Plague in India, 1896, 1897 - Volume 3
Year: 1896
Disease focus: Plague
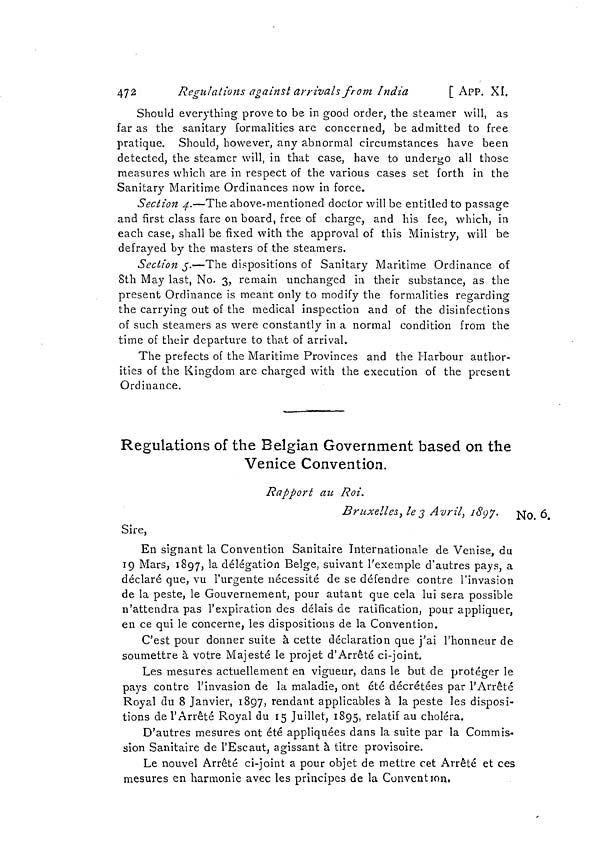
472
Regulations against arrivals from India
[ APP. XI.
Should everything prove to be in good order, the steamer will, as
far as the sanitary formalities are concerned, be admitted to free
pratique. Should, however, any abnormal circumstances have been
detected, the steamer will, in that case, have to undergo all those
measures which are in respect of the various cases set forth in the
Sanitary Maritime Ordinances now in force.
Section 4.—The above-mentioned doctor will be entitled to passage
and first class fare on board, free of charge, and his fee, which, in
each case, shall be fixed with the approval of this Ministry, will be
defrayed by the masters of the steamers.
Section 5.—The dispositions of Sanitary Maritime Ordinance of
8th May last, No. 3, remain unchanged in their substance, as the
present Ordinance is meant only to modify the formalities regarding
the carrying out of the medical inspection and of the disinfections
of such steamers as were constantly in a normal condition from the
time of their departure to that of arrival.
The prefects of the Maritime Provinces and the Harbour author-
ities of the Kingdom are charged with the execution of the present
Ordinance.
Regulations of the Belgian Government based on the
Venice Convention.
Rapport au Roi.
No. ó.
Bruxelles, le3 Avril, 1897.
Sire,
En signant la Convention Sanitaire Internationale de Venise, du
19 Mars, 1897, la délégation Belge, suivant l'exemple d'autres pays, a
déclaré que, vu l'urgente nécessité de se défendre contre l'invasion
de la peste, le Gouvernement, pour autant que cela lui sera possible
n'attendra pas l'expiration des délais de ratification, pour appliquer,
en ce qui le concerne, les dispositions de la Convention.
C'est pour donner suite à cette déclaration que j'ai l'honneur de
soumettre à votre Majesté le projet d'Arrêté ci-joint.
Les mesures actuellement en vigueur, dans le but de protéger le
pays contre l'invasion de la maladie, ont été décrétées par l'Arrêté
Royal du 8 Janvier, 1897, rendant applicables à la peste les disposi-
tions de l'Arrêté Royal du 15 Juillet, 1895, relatif au choléra.
D'autres mesures ont été appliquées dans la suite par la Commis-
sion Sanitaire de l'Escaut, agissant à titre provisoire.
Le nouvel Arrêté ci-joint a pour objet de mettre cet Arrêté et ces
mesures en harmonie avec les principes de la Convention.